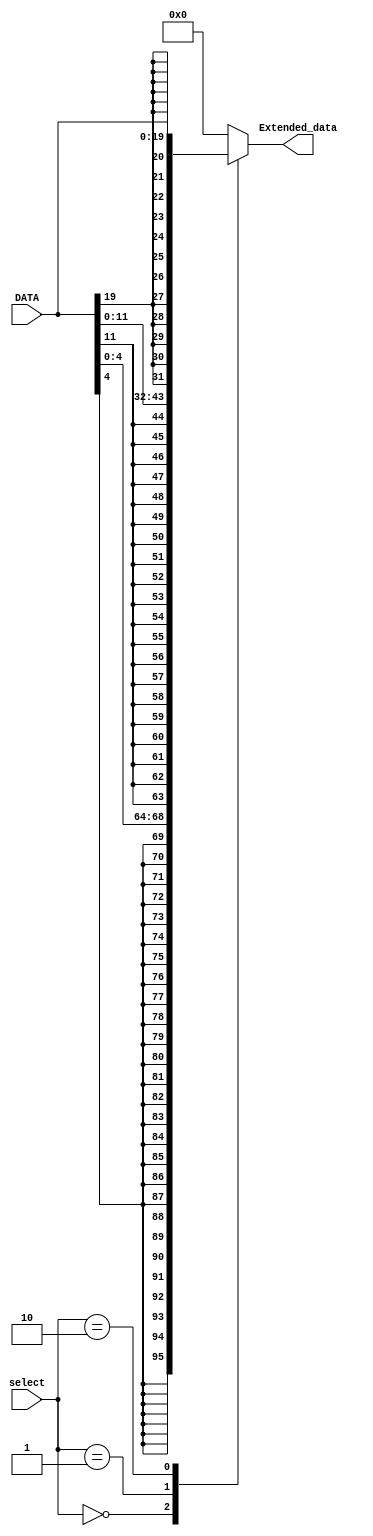
module Extender (
    output reg [31:0]Extended_data,
    input [19:0]DATA,
    input [1:0]select
);

always @(*) begin
    case (select)
		// 5-bit signed extend.
      2'b00: Extended_data = {{27{DATA[4]}}, DATA[4:0]};
		// 12-bit signed extend.
      2'b01: Extended_data = {{20{DATA[11]}}, DATA[11:0]};
		// 20-bit signed extend.
      2'b10: Extended_data = {{12{DATA[19]}}, DATA[19:0]};
		default: Extended_data = 32'd0;
    endcase
end
    
endmodule